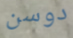
دوسن